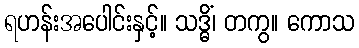
ရဟန်းအပေါင်းနှင့်။ သဒ္ဓိံ၊ တကွ။ ကောသ